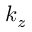
k _ { z }